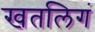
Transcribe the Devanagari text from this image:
खतलिगं